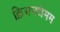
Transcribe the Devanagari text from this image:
क्रिसनथेमम